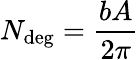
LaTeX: N_{\mathrm{deg}}={\frac{bA}{2\pi}}